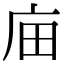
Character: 𢇶